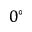
0 ^ { \circ }